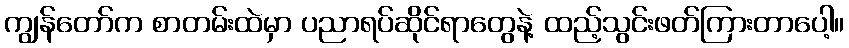
ကျွန်တော်က စာတမ်းထဲမှာ ပညာရပ်ဆိုင်ရာတွေနဲ့ ထည့်သွင်းဖတ်ကြားတာပေါ့။